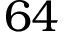
6 4